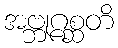
အဗ္ဘုဂ္ဂစ္ဆတိ